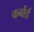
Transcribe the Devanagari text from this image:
कर्बोर्ड